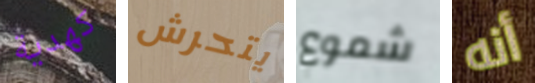
كهدية يتحرش شموع أنه